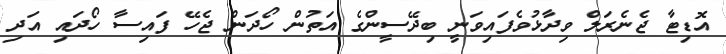
އޮޑިޓާ ޖެނެރަލް ވިދާޅުވެފައިވަނީ ބިދޭސީންގެ އަތުން ހޯދަން ޖެހޭ ފައިސާ ހޯދައި އަދި